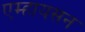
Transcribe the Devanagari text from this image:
एम्हायसन